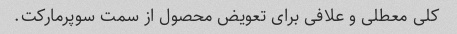
کلی معطلی و علافی برای تعویض محصول از سمت سوپرمارکت.